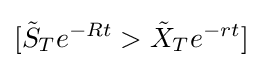
[{\tilde {S}}_{T}e^{-Rt}>{\tilde {X}}_{T}e^{-rt}]